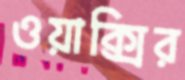
ওয়াক্সির